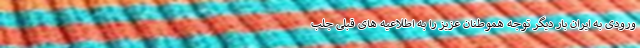
ورودی به ایران بار دیگر توجه هموطنان عزیز را به اطلاعیه های قبلی جلب